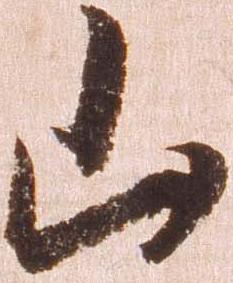
山